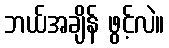
ဘယ်အချိန် ဖွင့်လဲ။